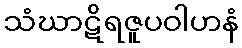
သံဃာဋိရဇူပဝါဟနံ